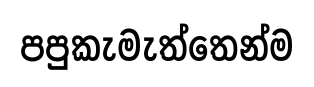
පපුකැමැත්තෙන්ම